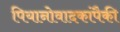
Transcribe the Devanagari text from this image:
पियानोवादकांपैकी